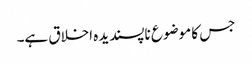
جس کا موضوع ناپسندیدہ اخلاق ہے۔